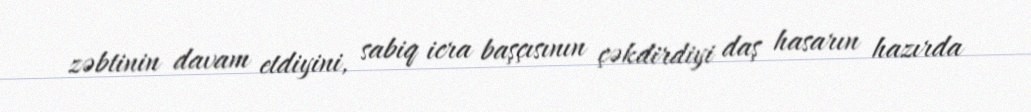
zəbtinin davam etdiyini, sabiq icra başçısının çəkdirdiyi daş hasarın hazırda